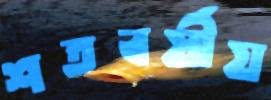
শতবর্ষীয়